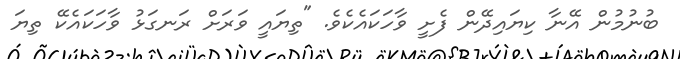
ބުނުމުން އޭނާ ކިޔައިދޭން ފެށީ ވާހަކައެކެވެ. "ތިޔައީ ވަރަށް ރަނގަޅު ވާހަކައެކޭ ތިޔަ